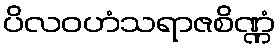
ပိလဝဟံသရာဇစိဏ္ဏံ